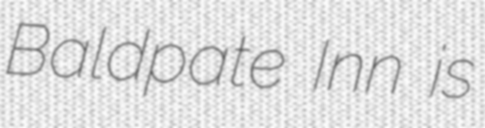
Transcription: Baldpate Inn is